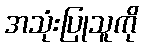
အသုံးပြုသူကို